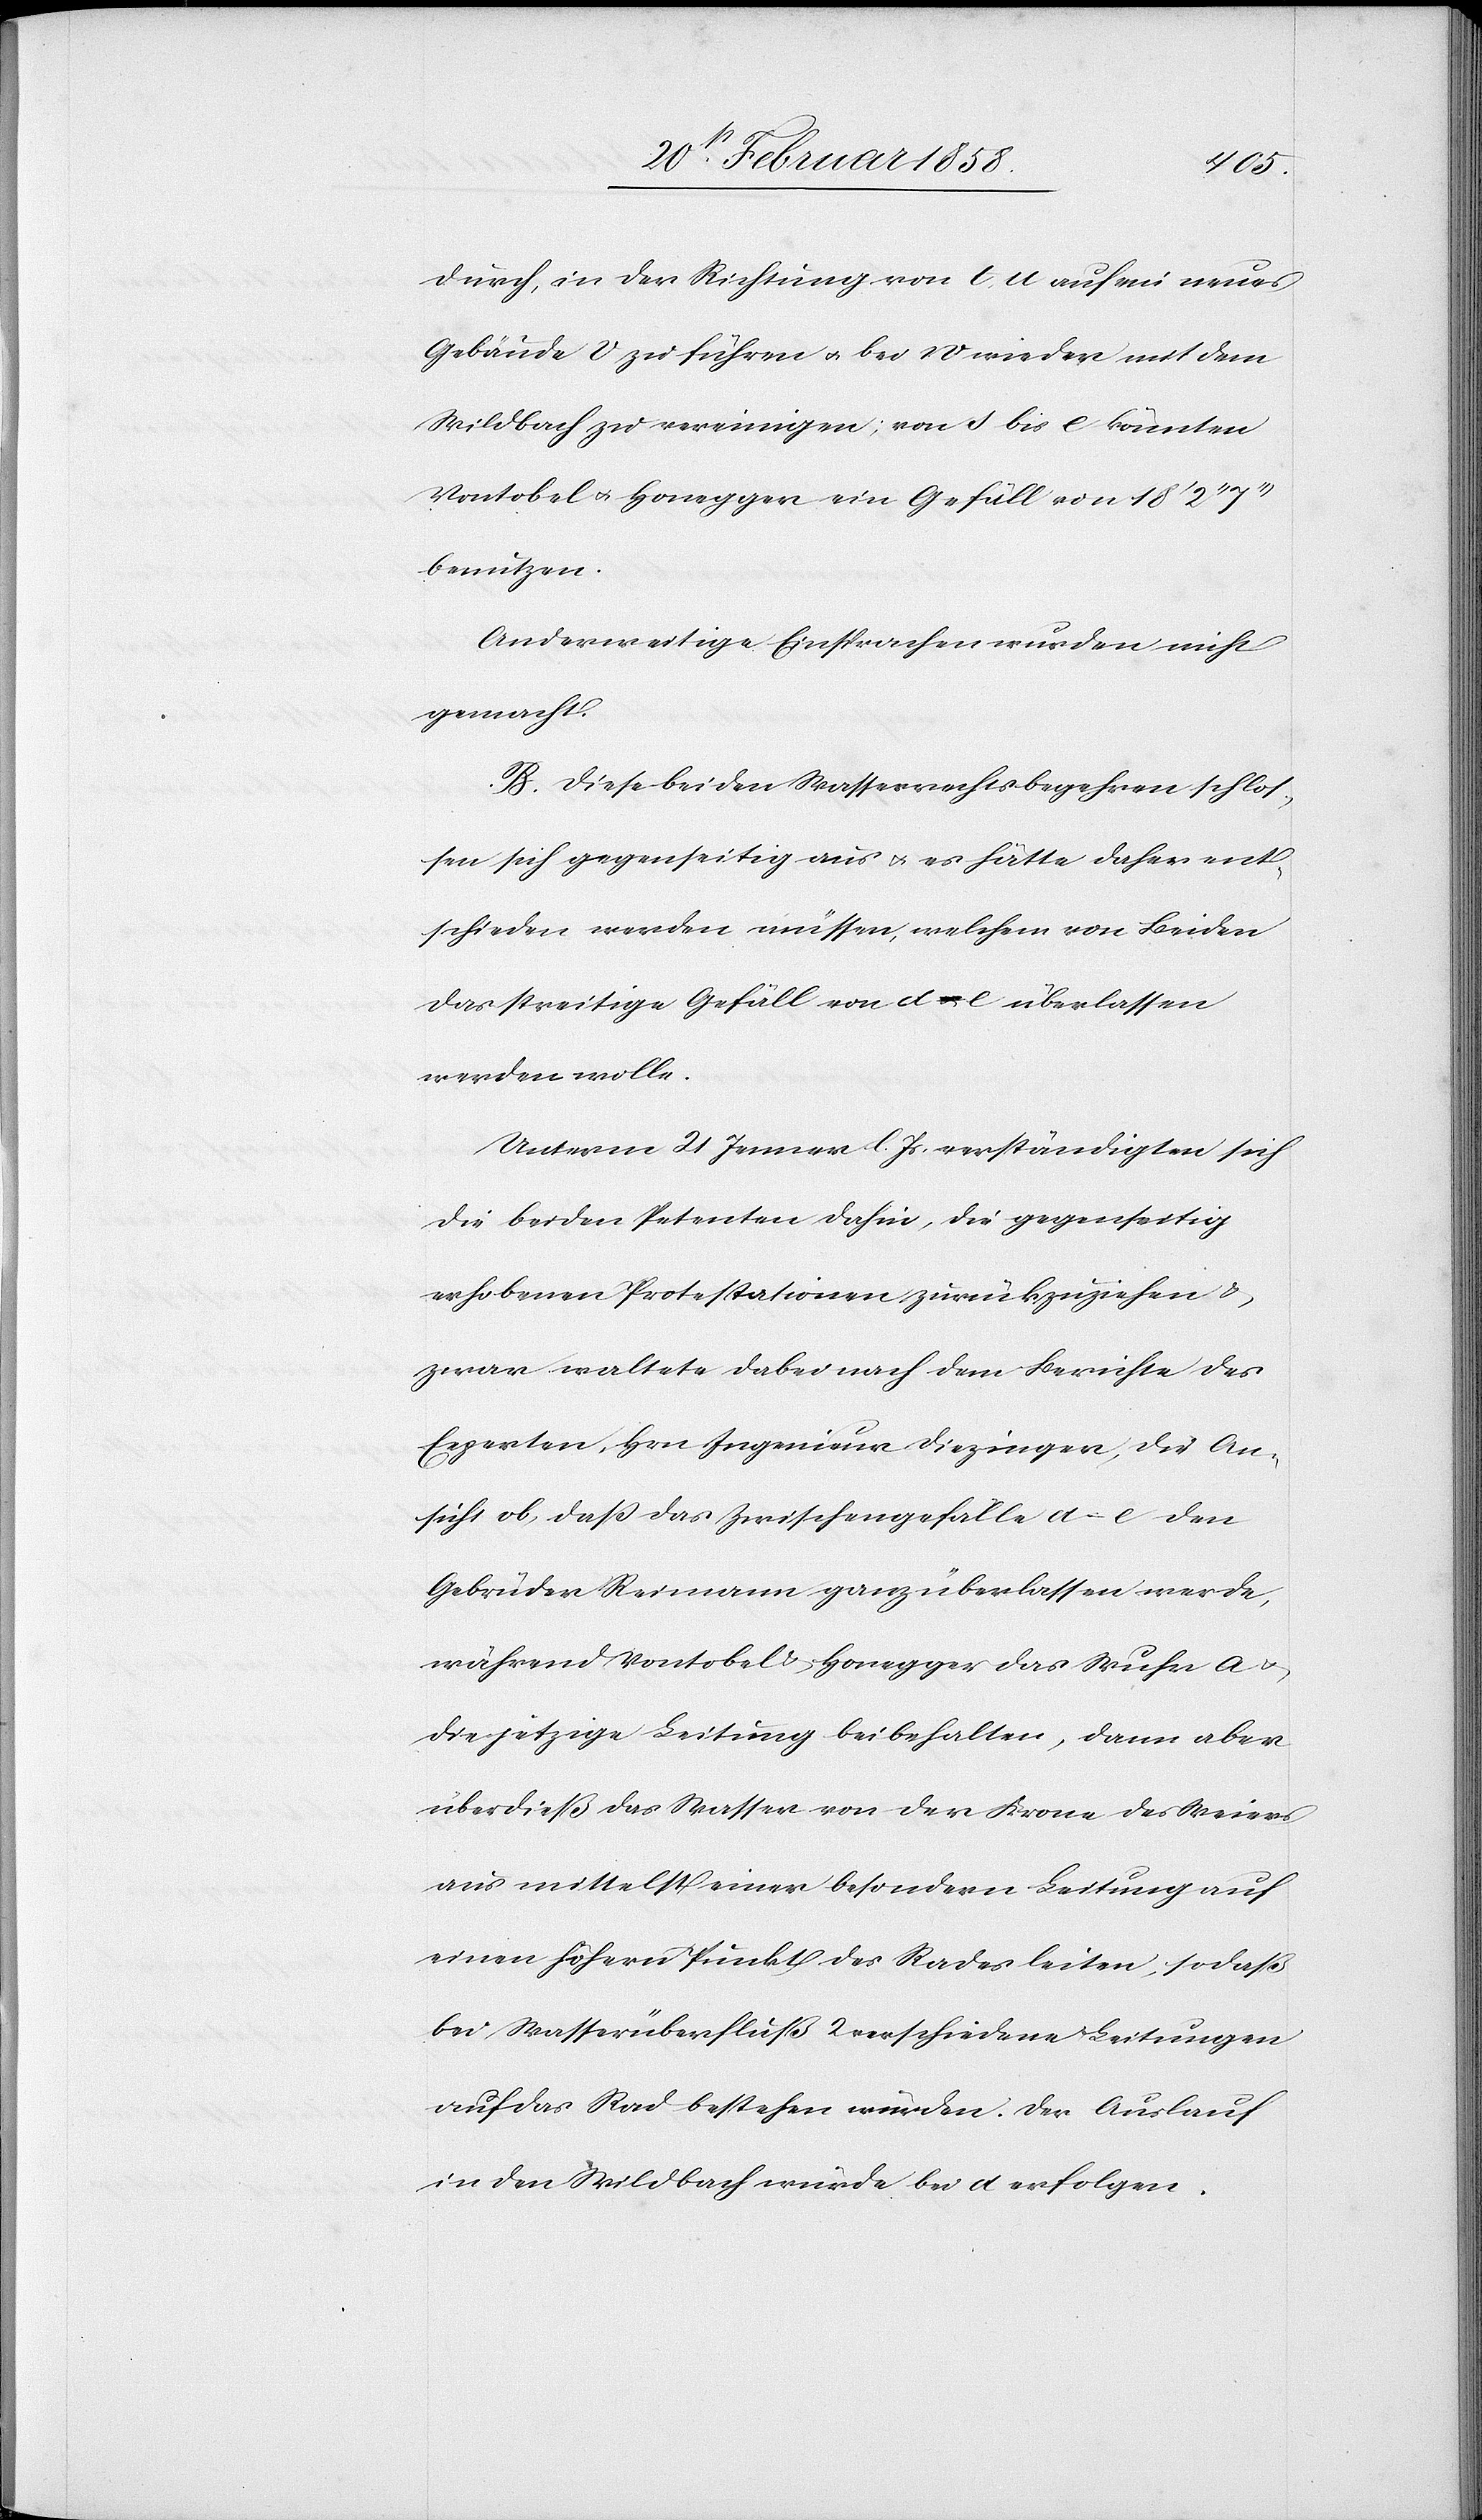
durch, in der Richtung von t, u. auf ein neues
Gebäude v zu führen u. bei w wieder mit dem
Wildbach zu vereinigen; von s bis e könnten
Vontobel u. Honegger ein Gefäll von 18’ 2’’
benutzen.
Anderweitige Einsprachen wurden nicht
gemacht.
B. Diese beiden Wasserrechtsbegehren schlos¬
sen sich gegenseitig aus u. es hätte daher ent¬
schieden werden müssen, welchem von Beiden
das streitige Gefäll von d–e überlassen
werden wolle.
Unterm 21 Jenner l. Js. verständigten sich
die beiden Petenten dahin, die gegenseitig
erhobenen Protestationen zurückzuziehen u.
zwar waltete dabei nach dem Berichte des
Experten, Hrn Ingenieur Diezinger, die An¬
sicht ob, daß das Zwischengefälle d–e den
Gebrüder Reimann ganz überlassen werde,
während Vontobel u. Honegger das Wuhr a u.
die jetzige Leitung beibehalten, dann aber
überdieß das Wasser von der Krone des Weiers
aus mittelst einer besondern Leitung auf
einen höhern Punkt des Rades leiten, so daß
bei Wasserüberfluß 2 verschiedene Leitungen
auf das Rad bestehen würden. Der Auslauf
in den Wildbach würde bei d erfolgen.